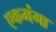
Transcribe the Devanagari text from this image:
एकमंगा